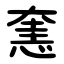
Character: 㥣